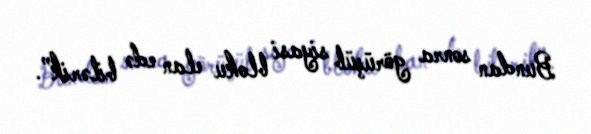
Bundan sonra görüşüb siyasi bloku elan edə bilərik”.